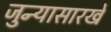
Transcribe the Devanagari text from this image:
जुन्यासारखे